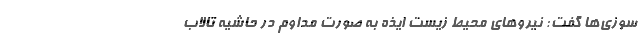
‌سوزی‌ها گفت: نیروهای محیط زیست ایذه به صورت مداوم در حاشیه تالاب